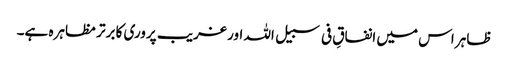
ظاہر اس میں انفاقِ فی سبیل اللہ اور غریب پروری کا برتر مظاہرہ ہے۔